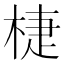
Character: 𣓉